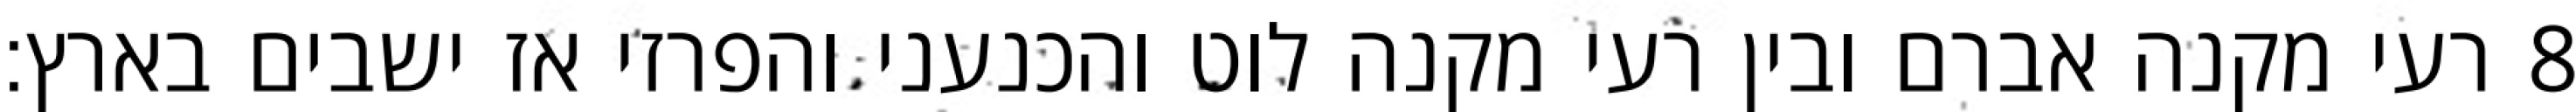
רעי מקנה אברם ובין רעי מקנה לוט והכנעני והפרזי אז ישבים בארץ׃ ‎8‏